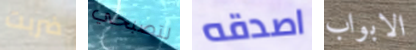
ضربت لتصبحي اصدقه الابواب